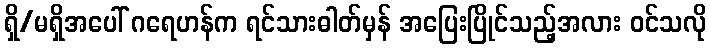
ရှိ/မရှိအပေါ် ဂရေဟန်က ရင်သားဓါတ်မှန် အပြေးပြိုင်သည့်အလား ဝင်သလို